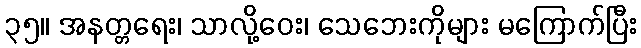
၃၅။ အနတ္တရေး၊ သာလို့ဝေး၊ သေဘေးကိုများ မကြောက်ပြီး